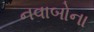
નવાબોના